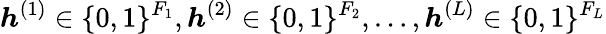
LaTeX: {\boldsymbol{h}}^{(1)}\in\{ 0,1\} ^{F_{1}},{\boldsymbol{h}}^{(2)}\in\{ 0,1\} ^{F_{2}},\ldots,{\boldsymbol{h}}^{(L)}\in\{ 0,1\} ^{F_{L}}